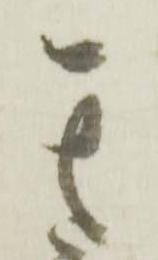
其